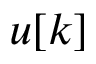
u [ k ]